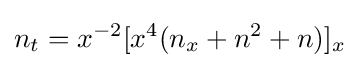
\displaystyle n_{t}=x^{-2}[x^{4}(n_{x}+n^{2}+n)]_{x}